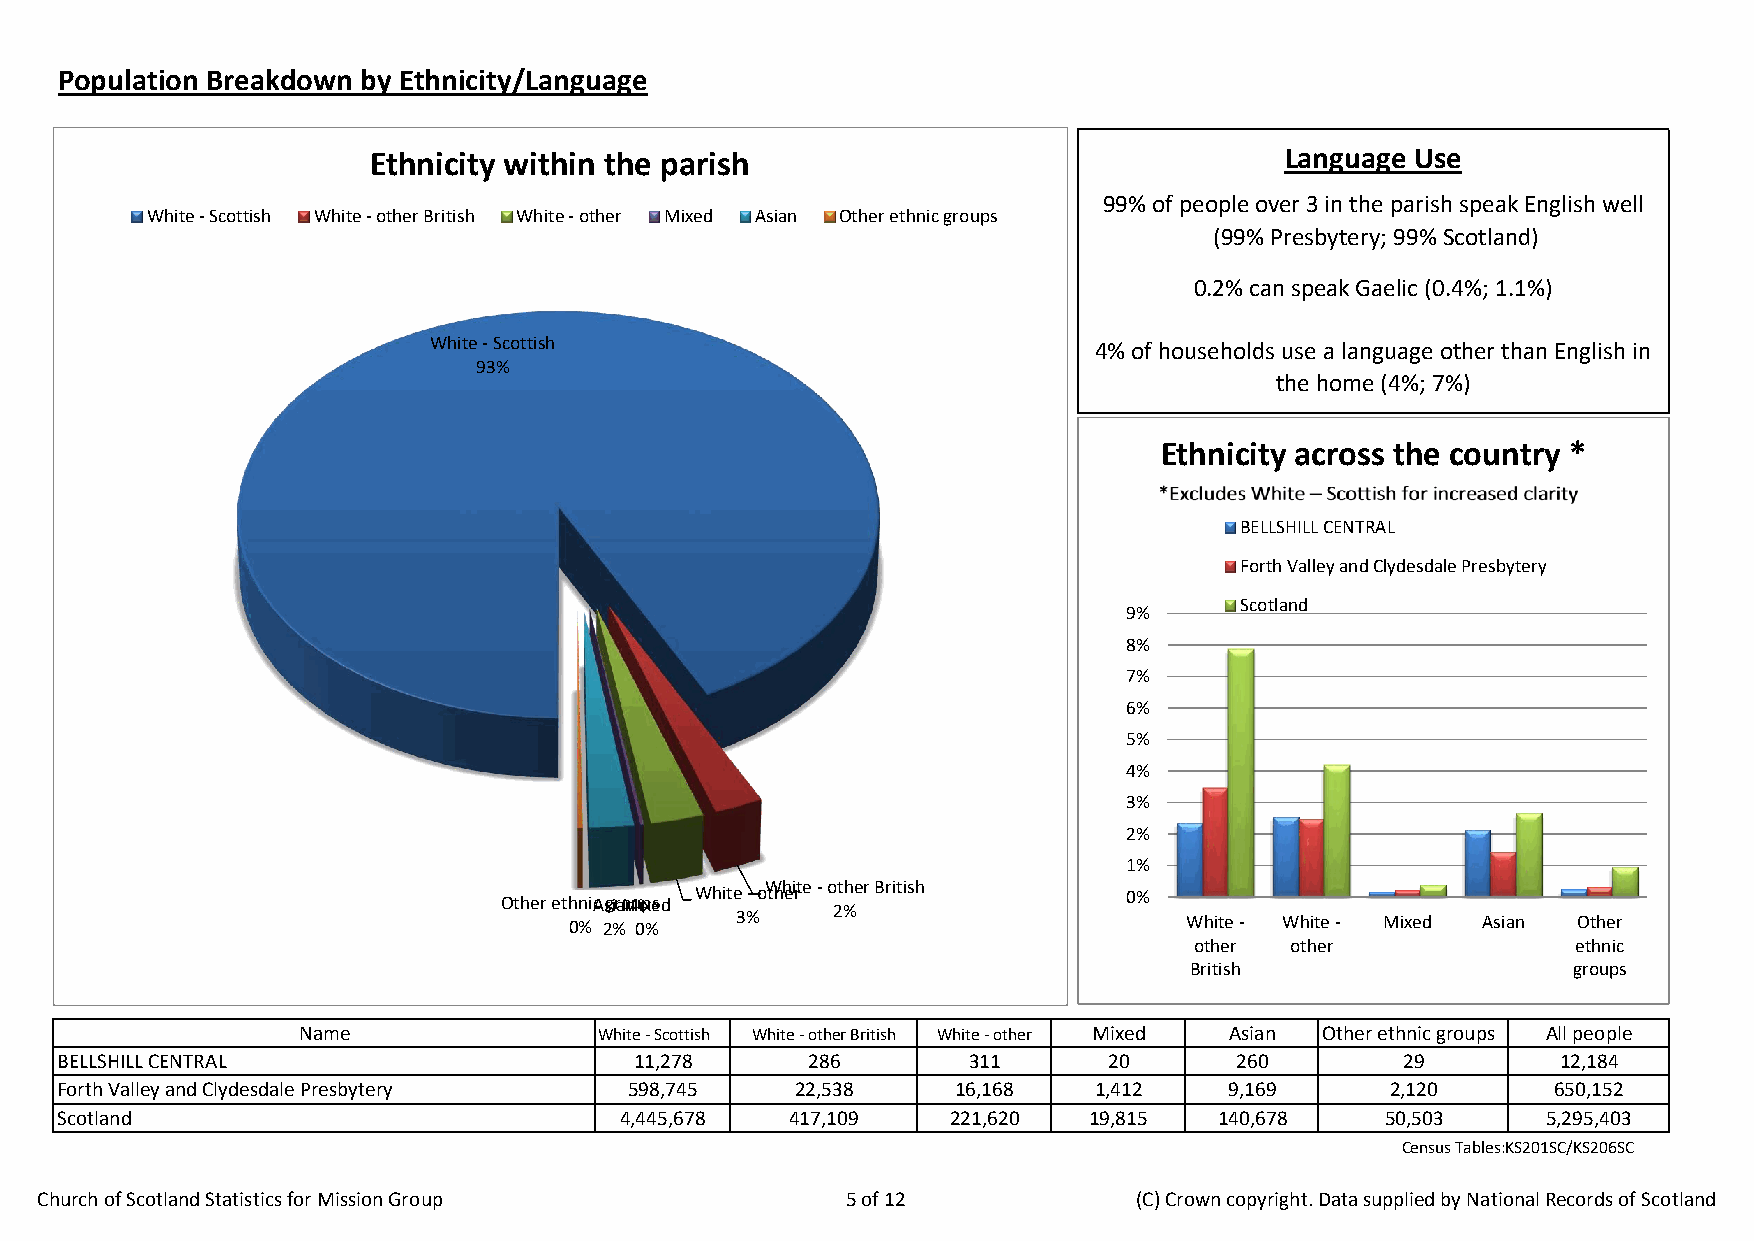
Population Breakdown by Ethnicity/Language
 Ethnicity within the parish                                  Language Use
 99% of people over 3 in the parish speak English well
 White - Scottish White - other British White - other Mixed Asian Other ethnic groups
 (99% Presbytery; 99% Scotland)
 0.2% can speak Gaelic (0.4%; 1.1%)
 White -Scottish                             4% of households use a language other than English in
 93%
 the home (4%; 7%)
 Ethnicity across the country *
 BELLSHILL CENTRAL
 Forth Valley and Clydesdale Presbytery
 Scotland
 9%
 8%
 7%
 6%
 5%
 4%
 3%
 2%
 1%
 White -oWthheirte -other British 0%
 Other eth 0n %icA 2sgi %raoMnu 0ipx %esd
 3%    2%                      White - White - Mixed Asian Other
 other other              ethnic
 British                  groups
 Name                White - Scottish White - other British White - other Mixed Asian Other ethnic groups All people
 BELLSHILL CENTRAL                     11,278     286        311      20       260        29        12,184
 Forth Valley and Clydesdale Presbytery 598,745   22,538    16,168   1,412    9,169      2,120      650,152
 Scotland                             4,445,678  417,109    221,620  19,815   140,678    50,503    5,295,403
 Census Tables:KS201SC/KS206SC
 Church of Scotland Statistics for Mission Group       5 of 12            (C) Crown copyright. Data supplied by National Records of Scotland